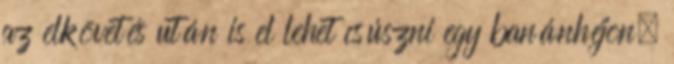
az elkövetés után is el lehet csúszni egy banánhéjon.